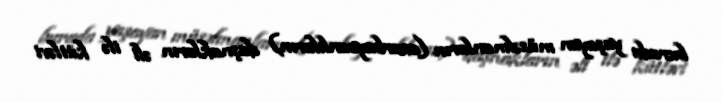
burada yaşayan müsəlmanların (azərbaycanlıların) daşnakların əli ilə kütləvi